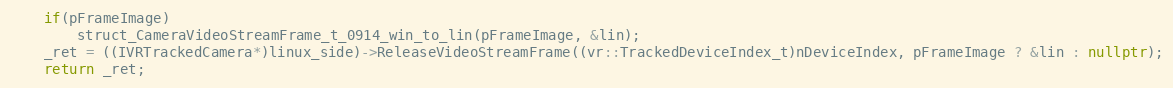
Language: C++
    if(pFrameImage)
        struct_CameraVideoStreamFrame_t_0914_win_to_lin(pFrameImage, &lin);
    _ret = ((IVRTrackedCamera*)linux_side)->ReleaseVideoStreamFrame((vr::TrackedDeviceIndex_t)nDeviceIndex, pFrameImage ? &lin : nullptr);
    return _ret;